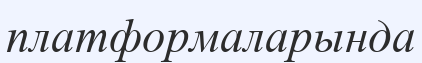
платформаларында